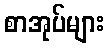
စာအုပ်များ